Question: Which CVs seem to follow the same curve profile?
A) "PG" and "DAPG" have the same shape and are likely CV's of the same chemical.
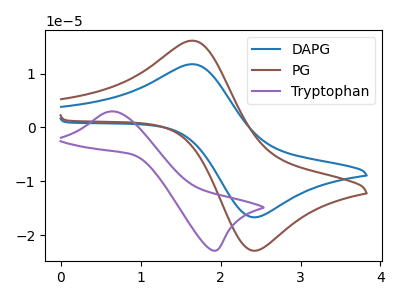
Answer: <think>The blue curve "DAPG" has an anodic peak at (1.65V, 11.75uA) and a cathodic peak at (2.40V, -16.65uA). The brown curve "PG" has an anodic peak at (1.65V, 16.10uA) and a cathodic peak at (2.40V, -22.80uA). The purple curve "Tryptophan" has an anodic peak at (0.65V, 3.00uA) and a cathodic peak at (1.95V, -22.90uA).
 All the peaks in "DAPG" have a peak in "PG" at the same potential. Every peak in "DAPG" is lower than every peak in "PG". "DAPG" and "Tryptophan" have at least one peak that do not match. "PG" and "Tryptophan" have at least one peak that do not match.</think>
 <answer>A) "PG" and "DAPG" have the same shape and are likely CV's of the same chemical.</answer>
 <eval>A</eval>